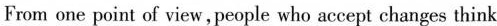
From one point of view,people who accept changes think